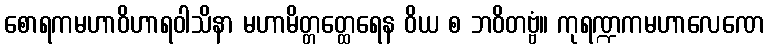
စောရကမဟာဝိဟာရဝါသိနာ မဟာမိတ္တတ္ထေရေန ဝိယ စ ဘဝိတဗ္ဗံ။ ကုရဏ္ဍကမဟာလေဏေ